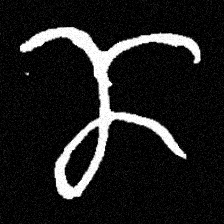
Pyu character \u2014 Myanmar letter: ဏ (romanized: nna)